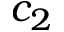
c _ { 2 }